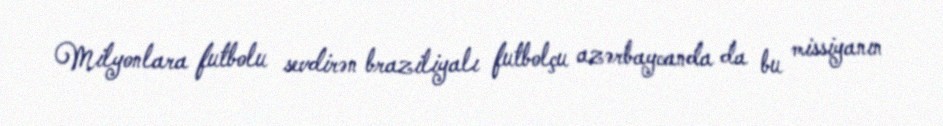
Milyonlara futbolu sevdirən braziliyalı futbolçu azərbaycanda da bu missiyanın